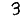
Digit: 3